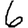
Digit: 6